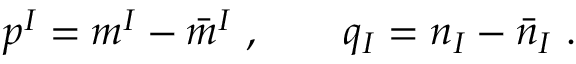
p ^ { I } = m ^ { I } - \bar { m } ^ { I } \ , \qquad q _ { I } = n _ { I } - \bar { n } _ { I } \ .